Report on vaccination in Madras 1877-1894 - 1877-1894
Year: 1877
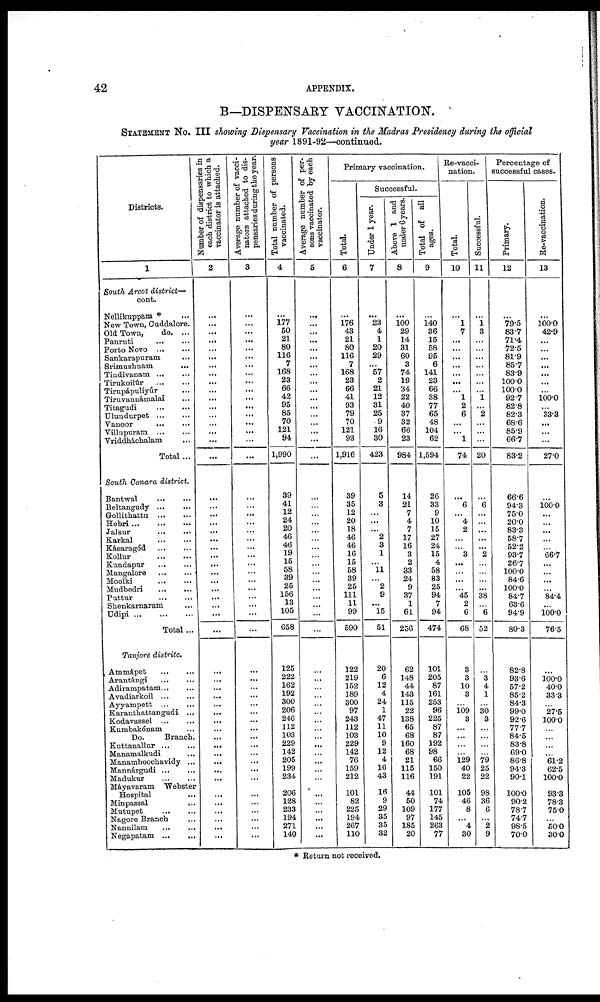
42
APPENDIX.
B—DISPENSARY VACCINATION.
STATENENT No. III showing Dispensary Vaccination in the Madras Presidency during the official
year 1891-92—continued.
Districts.
1
South Arcot district—
cont.
Nellikuppam * ...
New Town, Cuddalore.
Old Town,
do. ...
Panrnti
...
...
Porto Novo
...
...
Sankarapuram
...
Srimushnam ...
Tindivanam
...
...
Tirukoilúr
...
...
Tirupápuliyúr ...
Tiruvannámalai ...
Titagudi
...
...
Ulundurpet ... ...
Vanoor ... ...
Villupuram
...
...
Vriddháchalam ...
Total ...
South Canara district.
Bantwal
...
...
Beltangudy
...
...
Gollithattu
...
...
Hebri ... ... ...
Jalsur
...
...
Karkal ... ...
Kásaragód
...
...
Kollur
...
...
Kundapur
...
...
Mangalore
...
...
Moolki
...
...
Mudbedri
...
...
Puttur ... ...
Shenkarnaram ...
Udipi
...
...
...
Total...
Tanjore distritc.
Ammápet ... ...
Arantángi
...
...
Adirampatam ... ...
Avadiarkoil
...
...
Ayyampett
...
...
Karanthattangudi ...
Kodavassel
...
...
Kumbakónam ...
Do.
Branch.
Kuttanallur
...
...
Manamalkudi ...
Manamboochavidy ...
Mannárgudi
...
...
Madukur
...
...
Máyavaram Webster
Hospital
...
Minpassal
...
Mutupet
...
...
Nagore Branch ...
Nannilam ... ...
Negapatam
...
...
Number of dispensaries in
each district to which a
vaccinator is attached.
2
...
...
...
...
...
...
...
...
...
...
...
...
...
...
...
...
...
...
...
...
...
...
...
...
...
...
...
...
...
...
...
...
...
...
...
...
...
...
...
...
...
...
...
...
...
...
...
...
...
...
...
...
...
Average number of vacci-
nators attached to dis-
pensaries during the year.
3
...
...
...
...
...
...
...
...
...
...
...
...
...
...
...
...
...
...
...
...
...
...
...
...
...
...
...
...
...
...
...
...
...
...
...
...
...
...
...
...
...
...
...
...
...
...
...
...
...
...
...
...
...
Total number of persons
vaccinated.
4
...
177
50
21
80
116
7
168
23
66
42
95
85
70
121
94
1,990
39
41
12
24
20
46
46
19
15
58
39
25
156
13
105
658
125
222
162
192
300
206
246
112
103
229
142
205
199
234
206
128
233
194
271
140
Average number of per-
sons vaccinated by each
vaccinator.
5
...
...
...
...
...
...
...
...
...
...
...
...
...
...
...
...
...
...
...
...
...
...
...
...
...
...
...
...
...
...
...
...
...
...
...
...
...
...
...
...
...
...
...
...
...
...
...
...
...
...
...
...
...
Primary vaccination.
Total.
6
...
176
43
21
80
116
7
168
23
66
41
93
79
70
121
93
1,916
39
35
12
20
18
46
46
16
15
58
39
25
111
11
99
590
122
219
152
189
300
97
243
112
103
229
142
76
159
212
101
82
225
194
267
110
Successful.
Under 1 year.
7
...
23
4
1
20
29
...
57
2
21
12
31
25
9
16
30
423
5
3
...
...
...
2
3
1
...
11
...
2
9
...
15
51
20
6
12
4
24
1
47
11
10
9
12
4
16
43
16
9
29
35
35
32
Above 1 and
under 6 years.
8
...
100
29
14
31
60
3
74
19
34
22
40
37
32
66
23
984
14
21
7
4
7
17
16
3
2
33
24
9
37
1
61
256
62
148
44
143
115
22
138
65
68
160
68
21
115
116
44
50
109
97
185
20
Total of all
ages.
9
...
140
36
15
58
95
6
141
23
66
38
77
65
48
104
62
1,594
26
33
9
10
15
27
24
15
4
58
83
25
94
7
94
474
101
205
87
161
253
96
225
87
87
192
98
66
150
191
101
74
177
145
263
77
Re-vacci-
nation.
Total.
10
...
1
7
...
...
...
...
...
...
...
1
2
6
...
...
1
74
...
6
... 4
2
...
...
3
...
...
...
...
45
2
6
68
3
3
10
3
...
109
3
...
...
...
...
129
40
22
105
46
8
...
4
30
Successful.
11
...
1
3
...
...
...
...
...
...
...
1
...
2
...
...
...
20
...
6
...
...
...
...
...
2
...
...
...
...
38
...
6
52
...
3
4
1
...
30
3
...
...
...
...
79
25
22
98
36
6
...
2
9
Percentage of
successful cases.
Primary.
12
...
79.5
83.7
71.4
72.5
81.9
85.7
83.9
100.0
100.0
92.7
82.8
82.3
68.6
85.9
66.7
83.2
66.6
94.3
75.0
20.0
83.3
58.7
52.2
93.7
26.7
100.0
84.6
100.0
84.7
63.6
94.9
80.3
82.8
93.6
57.2
85.2
84.3
99.0
92.6
77.7
84.5
83.8
69.0
86.8
94.3
90.1
100.0
90.2
78.7
74.7
98.5
70.0
Re-vaccination.
13
...
100.0
42.9
...
...
...
...
...
...
...
100.0
...
33.3
...
...
...
27.0
...
100.0
...
...
...
...
...
66.7
...
...
...
...
84.4
...
100.0
76.5
...
100.0
40.0
33.3
...
27.5
100.0
...
...
...
...
61.2
62.5
100.0
93.3
78.3
75.0
...
50.0
30.0
* Return not received.